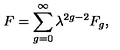
F = \sum _ { g = 0 } ^ { \infty } \lambda ^ { 2 g - 2 } F _ { g } ,